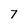
Character: 7